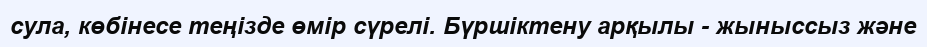
сула, көбінесе теңізде өмір сүрелі. Бүршіктену арқылы - жыныссыз және